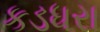
કડધરા